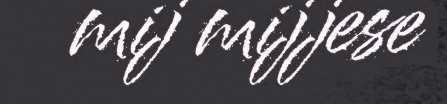
mij mijjese